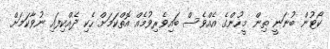
ކޯޓުން ބުނަނީ ތިން މީހުންގެ އެއްވެސް ބައިވެރިވުމެއް އޮތްކަމަށް ހެކި ދެއްކިފައި ނުވާކަމަށް